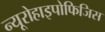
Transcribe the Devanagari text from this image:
न्यूरोहाइपोफिजिस